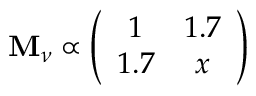
{ \bf M } _ { \nu } \propto \left( \begin{array} { c c } { { 1 } } & { { 1 . 7 } } \\ { { 1 . 7 } } & { { x } } \end{array} \right)